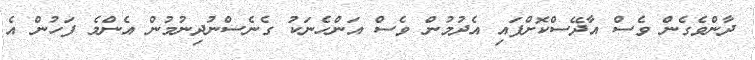
ދާންވެގެން ވެސް އާދޭސްކޮށްފައި އެދުމުން ވެސް އަންހެނަކު ގެނެސްނުދިނުމުން އެންމެ ފަހުން އެ